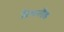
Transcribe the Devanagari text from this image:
फ्रैंकलैड